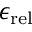
\epsilon _ { \mathrm { r e l } }